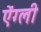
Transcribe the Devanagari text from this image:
ऐंग्ली